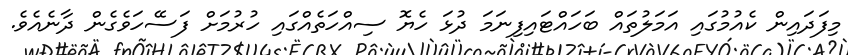
މިފަދައިން ކެއުމުގައި އަމަލުތައް ބަހައްޓައިފިނަމަ ދުޅަ ހެޔޮ ސިއްހަތެއްގައި ހުރުމަށް ފަސޭހަވެގެން ދާނެއެވެ.